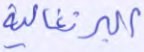
البرتغالية